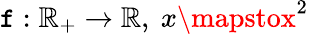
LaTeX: \mathtt{f}:\mathbb{{R}}_{+}\to\mathbb{{R}},\ x\mapstox^{2}